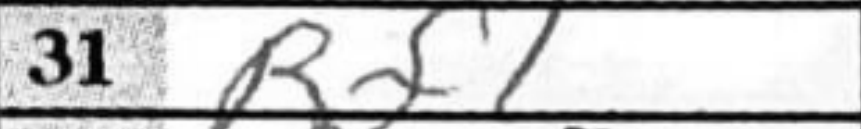
Transcription: Rf1